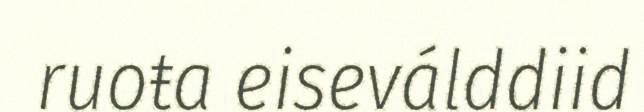
ruoŧa eiseválddiid